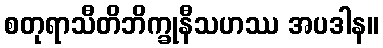
စတုရာသီတိဘိက္ခုနီသဟဿ အပဒါန။